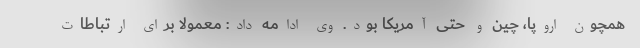
همچون اروپا، چین و حتی آمریکا بود. وی ادامه داد: معمولا برای ارتباطات